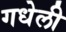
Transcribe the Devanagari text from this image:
गधेली